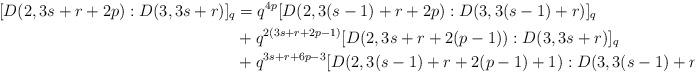
LaTeX: \begin{align*} [D(2,3s+r+2p):D(3,3s+r)]_q&=q^{4p}[D(2,3(s-1)+r+2p):D(3,3(s-1)+r)]_q&\\&+q^{2(3s+r+2p-1)}[D(2,3s+r+2(p-1)):D(3,3s+r)]_q&\\&+q^{3s+r+6p-3}[D(2,3(s-1)+r+2(p-1)+1):D(3,3(s-1)+r)]_q.\end{align*}